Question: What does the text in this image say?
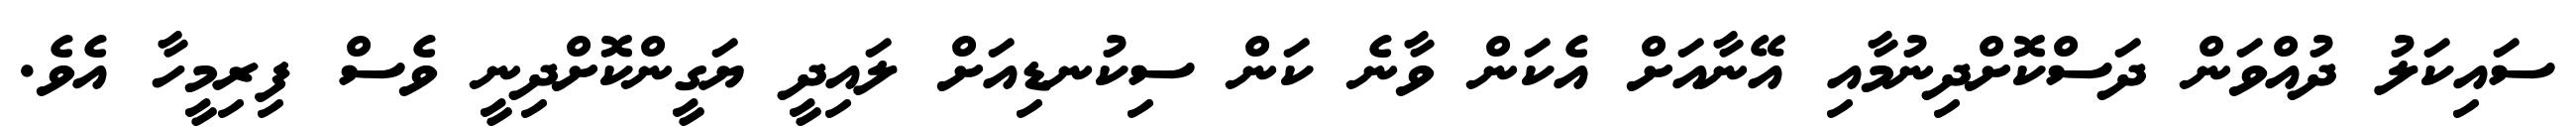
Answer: ސައިކަލު ދުއްވަން ދަސްކޮށްދިނުމާއި އޭނާއަށް އެކަން ވާނެ ކަން ސިކުނޑިއަށް ލައިދީ ޔަގީންކޮށްދިނީ ވެސް ފިރިމީހާ އެވެ.